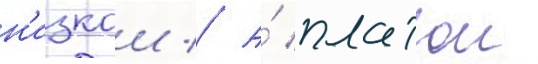
н'изкои // А́ платои